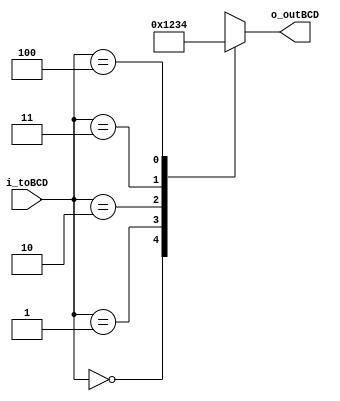
module decoder_2x4_BCD(
    input [2:0]i_toBCD,
    output [3:0] o_outBCD

    );

    reg [3:0] r_outBCD;
    assign o_outBCD = r_outBCD;

    always @(i_toBCD) begin
        r_outBCD = 4'bxxxx;
        case (i_toBCD)
            3'h0 : r_outBCD = 4'd0;
            3'h1 : r_outBCD = 4'd1;
            3'h2 : r_outBCD = 4'd2;
            3'h3 : r_outBCD = 4'd3;
            3'h4 : r_outBCD = 4'd4;
            
        endcase
    end
endmodule